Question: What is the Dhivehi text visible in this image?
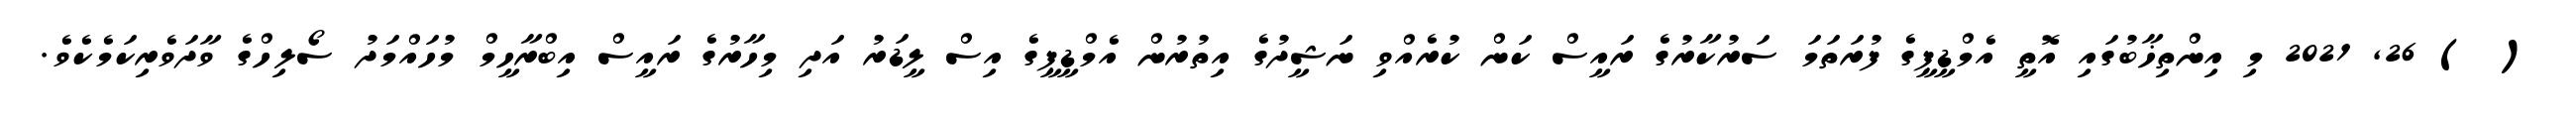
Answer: ( ) 26, 2021 މި އިންތިޚާބުގައި އޮތީ އެމްޑީޕީގެ ފުރަތަމަ ސަރުކާރުގެ ރައީސް ކަން ކުރެއްވި ނަޝީދުގެ އިތުރުން އެމްޑީޕީގެ އިސް ލީޑަރު އަދި މިހާރުގެ ރައީސް އިބްރާހީމް މުހައްމަދު ސޯލިހްގެ ވާދަވެރިކަމެކެވެ.